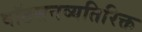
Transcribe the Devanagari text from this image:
वॉटसनव्यतिरिक्त